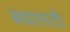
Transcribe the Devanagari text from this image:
बंधासाठी